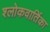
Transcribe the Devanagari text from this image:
श्लोकवार्तिका